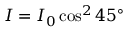
I = I _ { 0 } \cos ^ { 2 } { 4 5 ^ { \circ } }